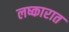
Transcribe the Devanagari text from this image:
लष्कारात